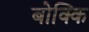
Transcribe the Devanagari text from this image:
बोक्कि